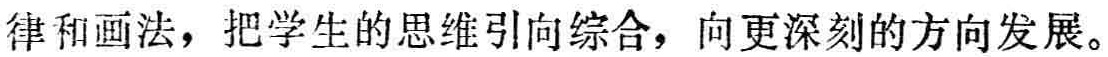
律和画法，把学生的思维引向综合，向更深刻的方向发展。